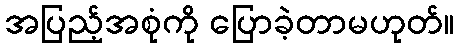
အပြည့်အစုံကို ပြောခဲ့တာမဟုတ်။